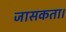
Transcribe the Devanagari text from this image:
जासकता।